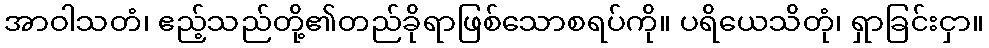
အာဝါသတံ၊ ဧည့်သည်တို့၏တည်ခိုရာဖြစ်သောစရပ်ကို။ ပရိယေသိတုံ၊ ရှာခြင်းငှာ။